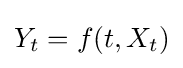
Y_{t}=f(t,X_{t})